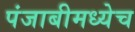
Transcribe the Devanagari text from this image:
पंजाबीमध्येच